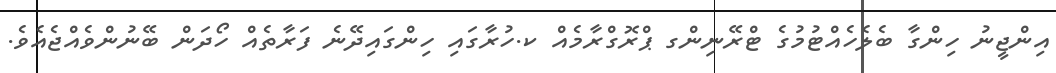
އިންޖީނު ހިންގާ ބެލެހެއްޓުމުގެ ޓްރޭނިންގ ޕްރޮގްރާމެއް ކ.ހުރާގައި ހިންގައިދޭނެ ފަރާތެއް ހޯދަން ބޭނުންވެއްޖެއެވެ.